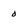
Character: 0